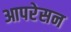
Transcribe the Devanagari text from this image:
आपरेसन